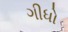
ગીધો